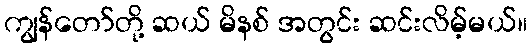
ကျွန်တော်တို့ ဆယ် မိနစ် အတွင်း ဆင်းလိမ့်မယ်။